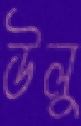
উলু